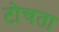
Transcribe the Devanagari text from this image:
टोचता